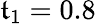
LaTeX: \mathfrak{t}_{1}=0.8